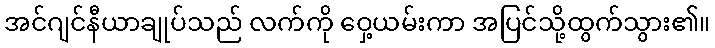
အင်ဂျင်နီယာချုပ်သည် လက်ကို ဝှေ့ယမ်းကာ အပြင်သို့ထွက်သွား၏။